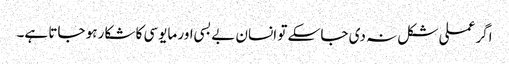
اگر عملی شکل نہ دی جا سکے تو انسان بے بسی اور مایوسی کا شکار ہو جاتا ہے۔